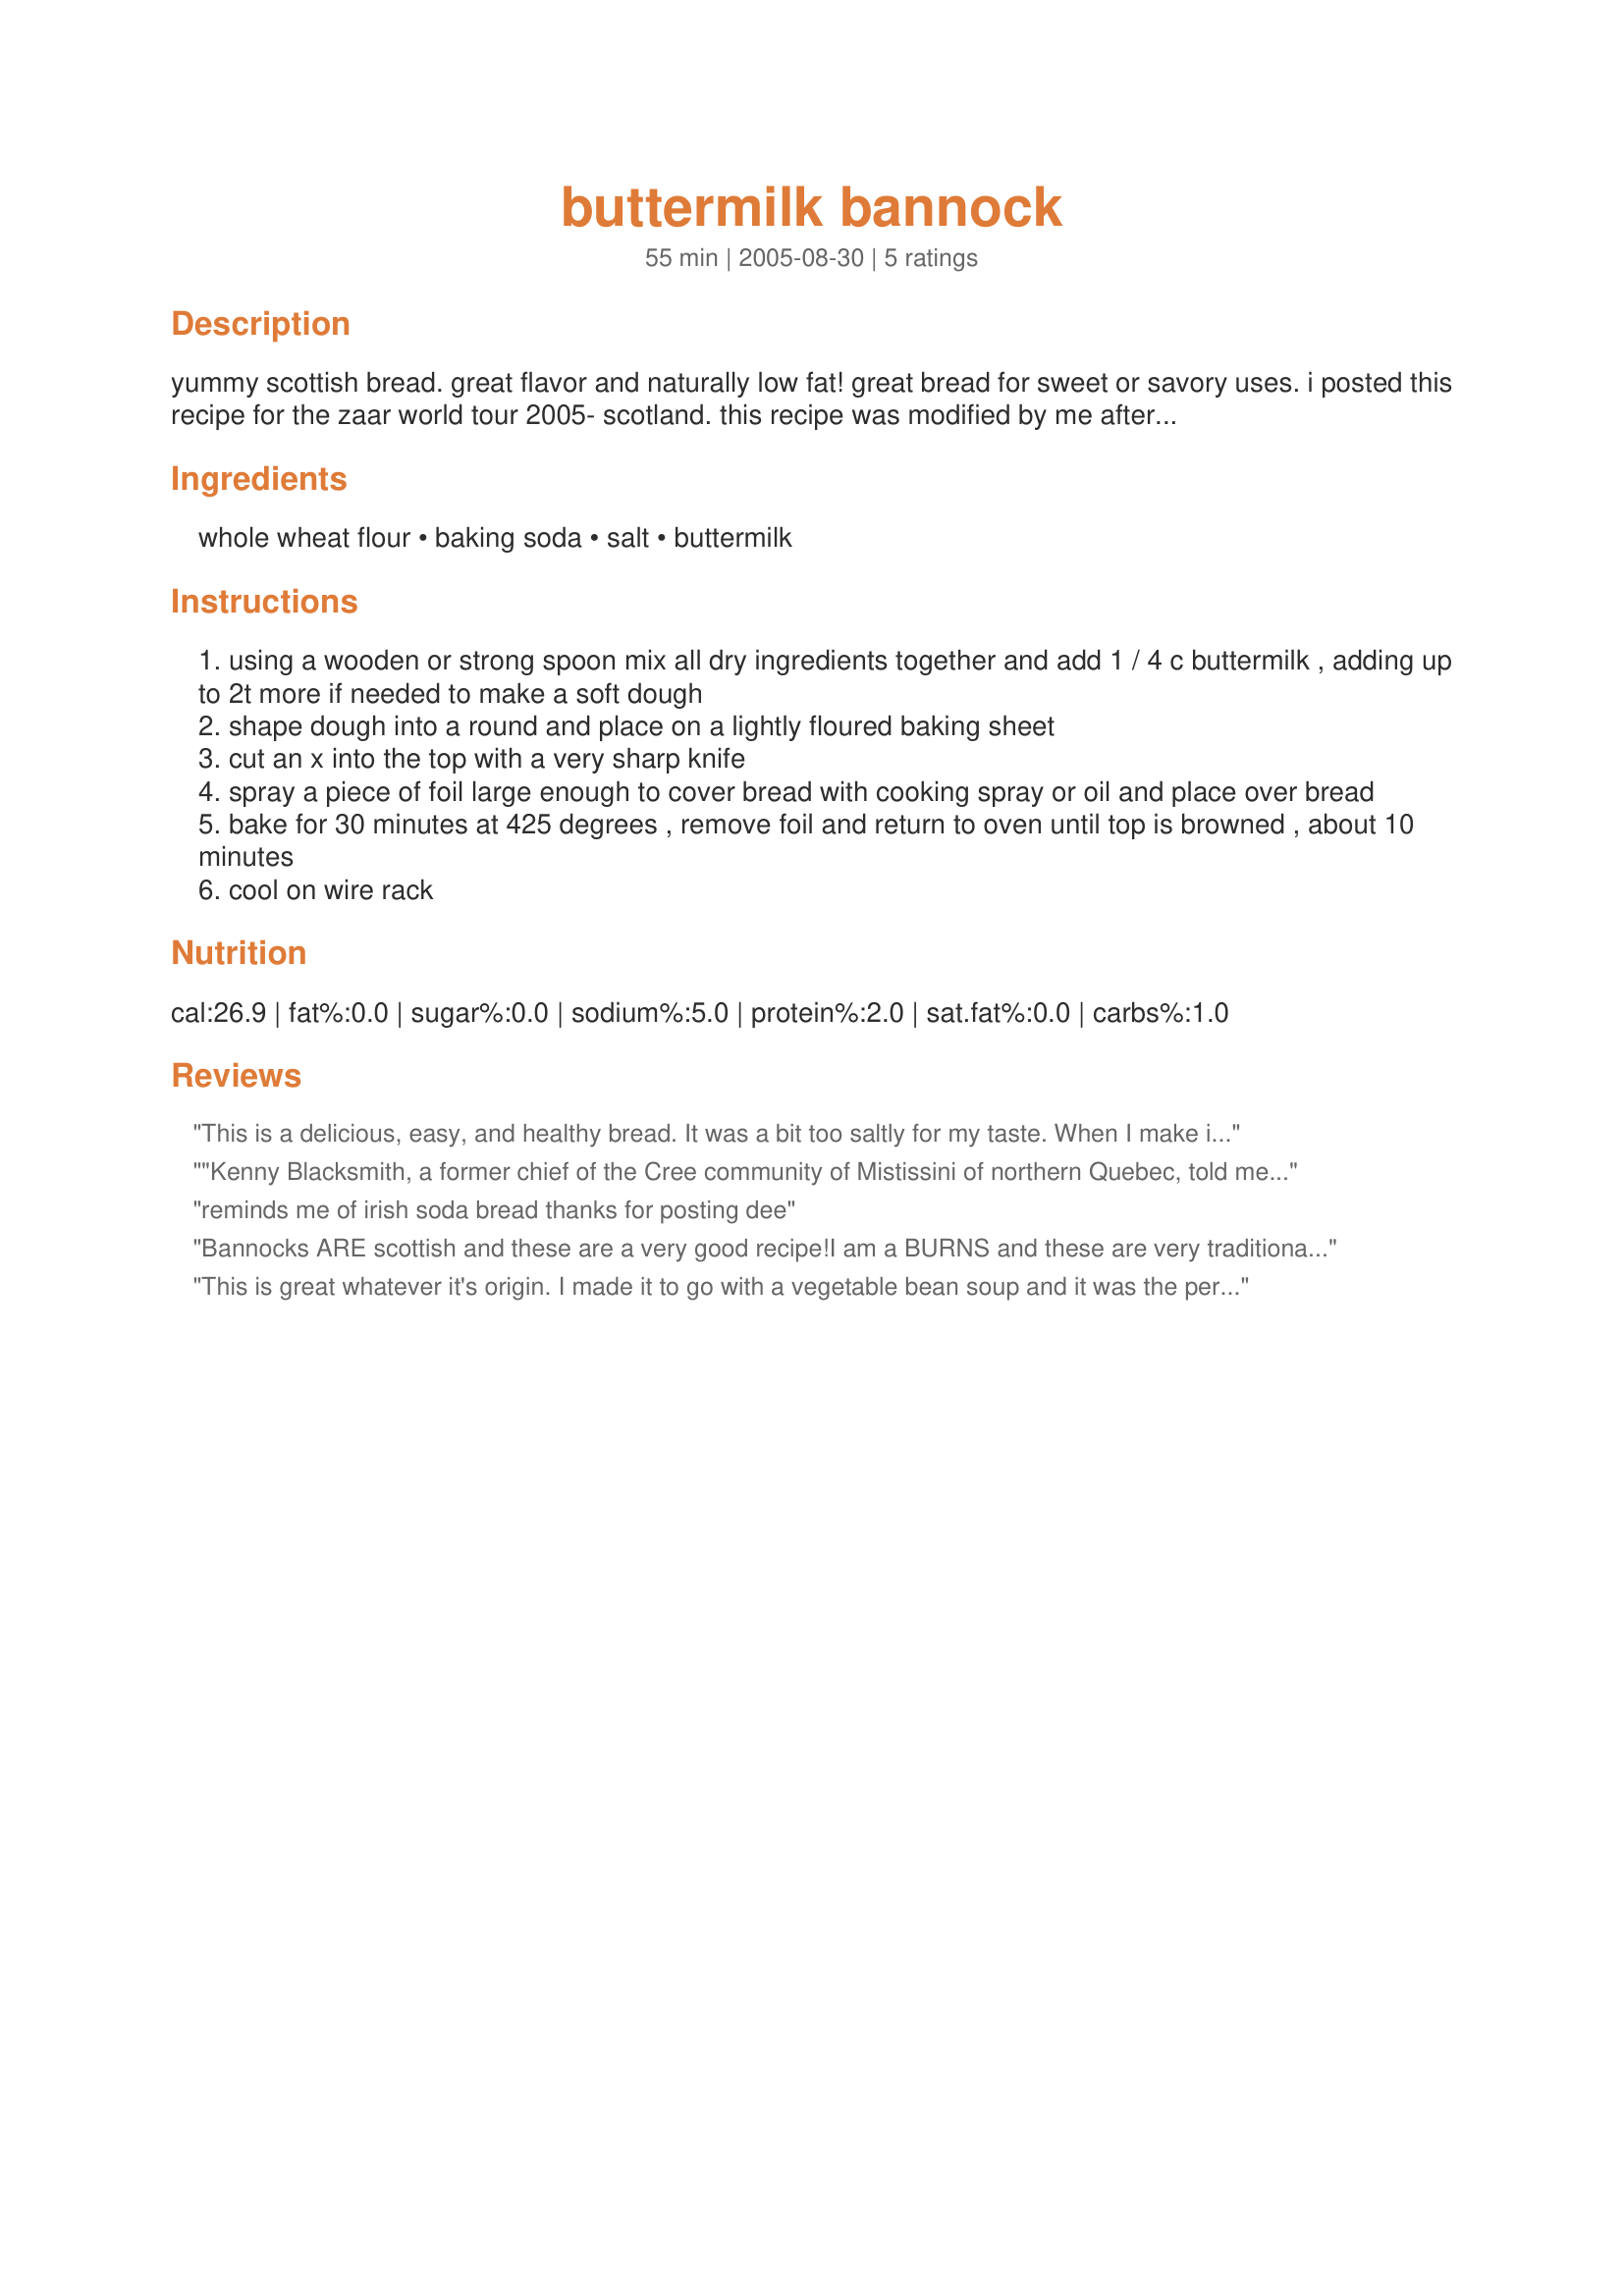
buttermilk bannock
Preparation time: 55 minutes

yummy scottish bread. great flavor and naturally low fat! great bread for sweet or savory uses.

i posted this recipe for the zaar world tour 2005- scotland. this recipe was modified by me after experimenting with a recipe by the same name found on page 331 of "prairie home cooking" by judith m. fertig, which reads...

"this is a simple bread of the dispossessed. brought to canada by the scots who were displace3d from their lands during the infamous 'clearances' of the late 1700's. bannock would eventually become one of the first breads that native americans learned to make when they were confined to reservations in the prairie states......" i pride myself on being both scottish and american indian as well as a pretty good genealogist and a history buff. this recipe was well-researched before posting to zaar as such.

Ingredients:
whole wheat flour, baking soda, salt, buttermilk

Steps:
using a wooden or strong spoon mix all dry ingredients together and add 1 / 4 c buttermilk , adding up to 2t more if needed to make a soft dough
shape dough into a round and place on a lightly floured baking sheet
cut an x into the top with a very sharp knife
spray a piece of foil large enough to cover bread with cooking spray or oil and place over bread
bake for 30 minutes at 425 degrees , remove foil and return to oven until top is browned , about 10 minutes
cool on wire rack

Reviews:
This is a delicious, easy, and healthy bread. It was a bit too saltly for my taste. When I make it again, (which I definitely will!) I don't want to mess with the amount of salt though in case the bread doesn't rise properly. It was also very small, only 6 or 7 inches wide. I'm almost certain that it's supposed to be larger though, because this is my first time baking any bread other than banana bread. It would be helpful if the directions were a bit more specific about the size of the loaf though. Thanks for sharing!
"Kenny Blacksmith, a former chief of the Cree community of Mistissini of northern Quebec, told me that they learned to make bannock from the Scottish who settled up in Northern Quebec several hundred years ago. They did not have flour before the arrival of the Europeans. When he went to Scotland a couple of years back, he had the priviledge of teaching the Scottish again how to make bannock." 
- Jacques Dalton
canadianhistory.com
reminds me of irish soda bread thanks for posting dee
Bannocks ARE scottish and these are a very good recipe!I am a BURNS and these are very traditional - thanks for posting this recipe!
This is great whatever it's origin. I made it to go with a vegetable bean soup and it was the perfect thing. I think I'll be making this often, it's so easy and quick to make (and no kneading).
